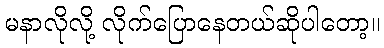
မနာလိုလို့ လိုက်ပြောနေတယ်ဆိုပါတော့။